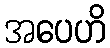
အပေဟိ